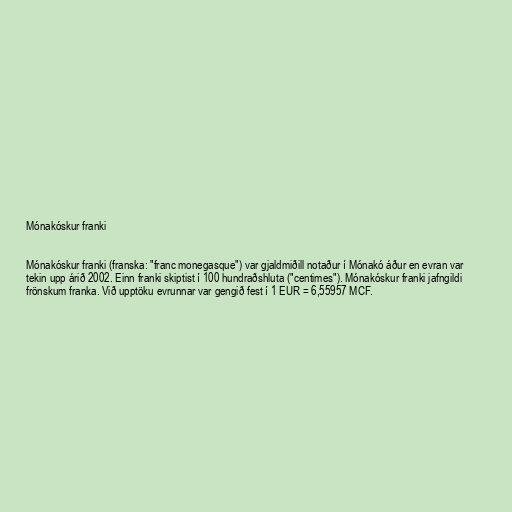
Mónakóskur franki

Mónakóskur franki (franska: "franc monegasque") var gjaldmiðill notaður í Mónakó áður en evran var
tekin upp árið 2002. Einn franki skiptist í 100 hundraðshluta ("centimes"). Mónakóskur franki jafngildi
frönskum franka. Við upptöku evrunnar var gengið fest í 1 EUR = 6,55957 MCF.